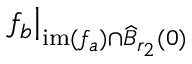
\left. f _ { b } \right\vert _ { \mathrm { i m } ( f _ { a } ) \cap \widehat { B } _ { r _ { 2 } } ( 0 ) }